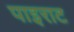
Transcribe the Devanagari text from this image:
पाइराट